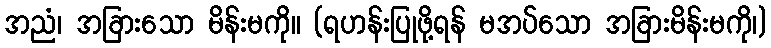
အညံ၊ အခြားသော မိန်းမကို။ (ရဟန်းပြုဖို့ရန် မအပ်သော အခြားမိန်းမကို၊)